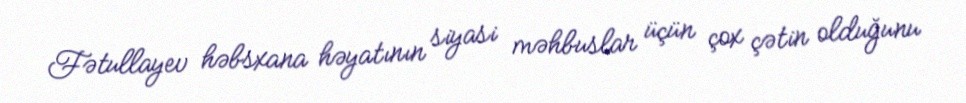
Fətullayev həbsxana həyatının siyasi məhbuslar üçün çox çətin olduğunu